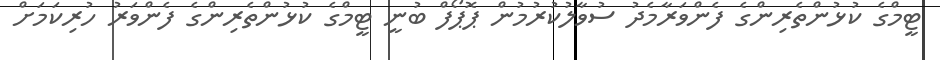
ޓީމްގެ ކުޅުންތެރިންގެ ފެންވަރާމެދު ސުވާލުކުރުމުން ޕޮޕޯފް ބުނީ ޓީމްގެ ކުޅުންތެރިންގެ ފެންވަރު ހުރިކަމަށް